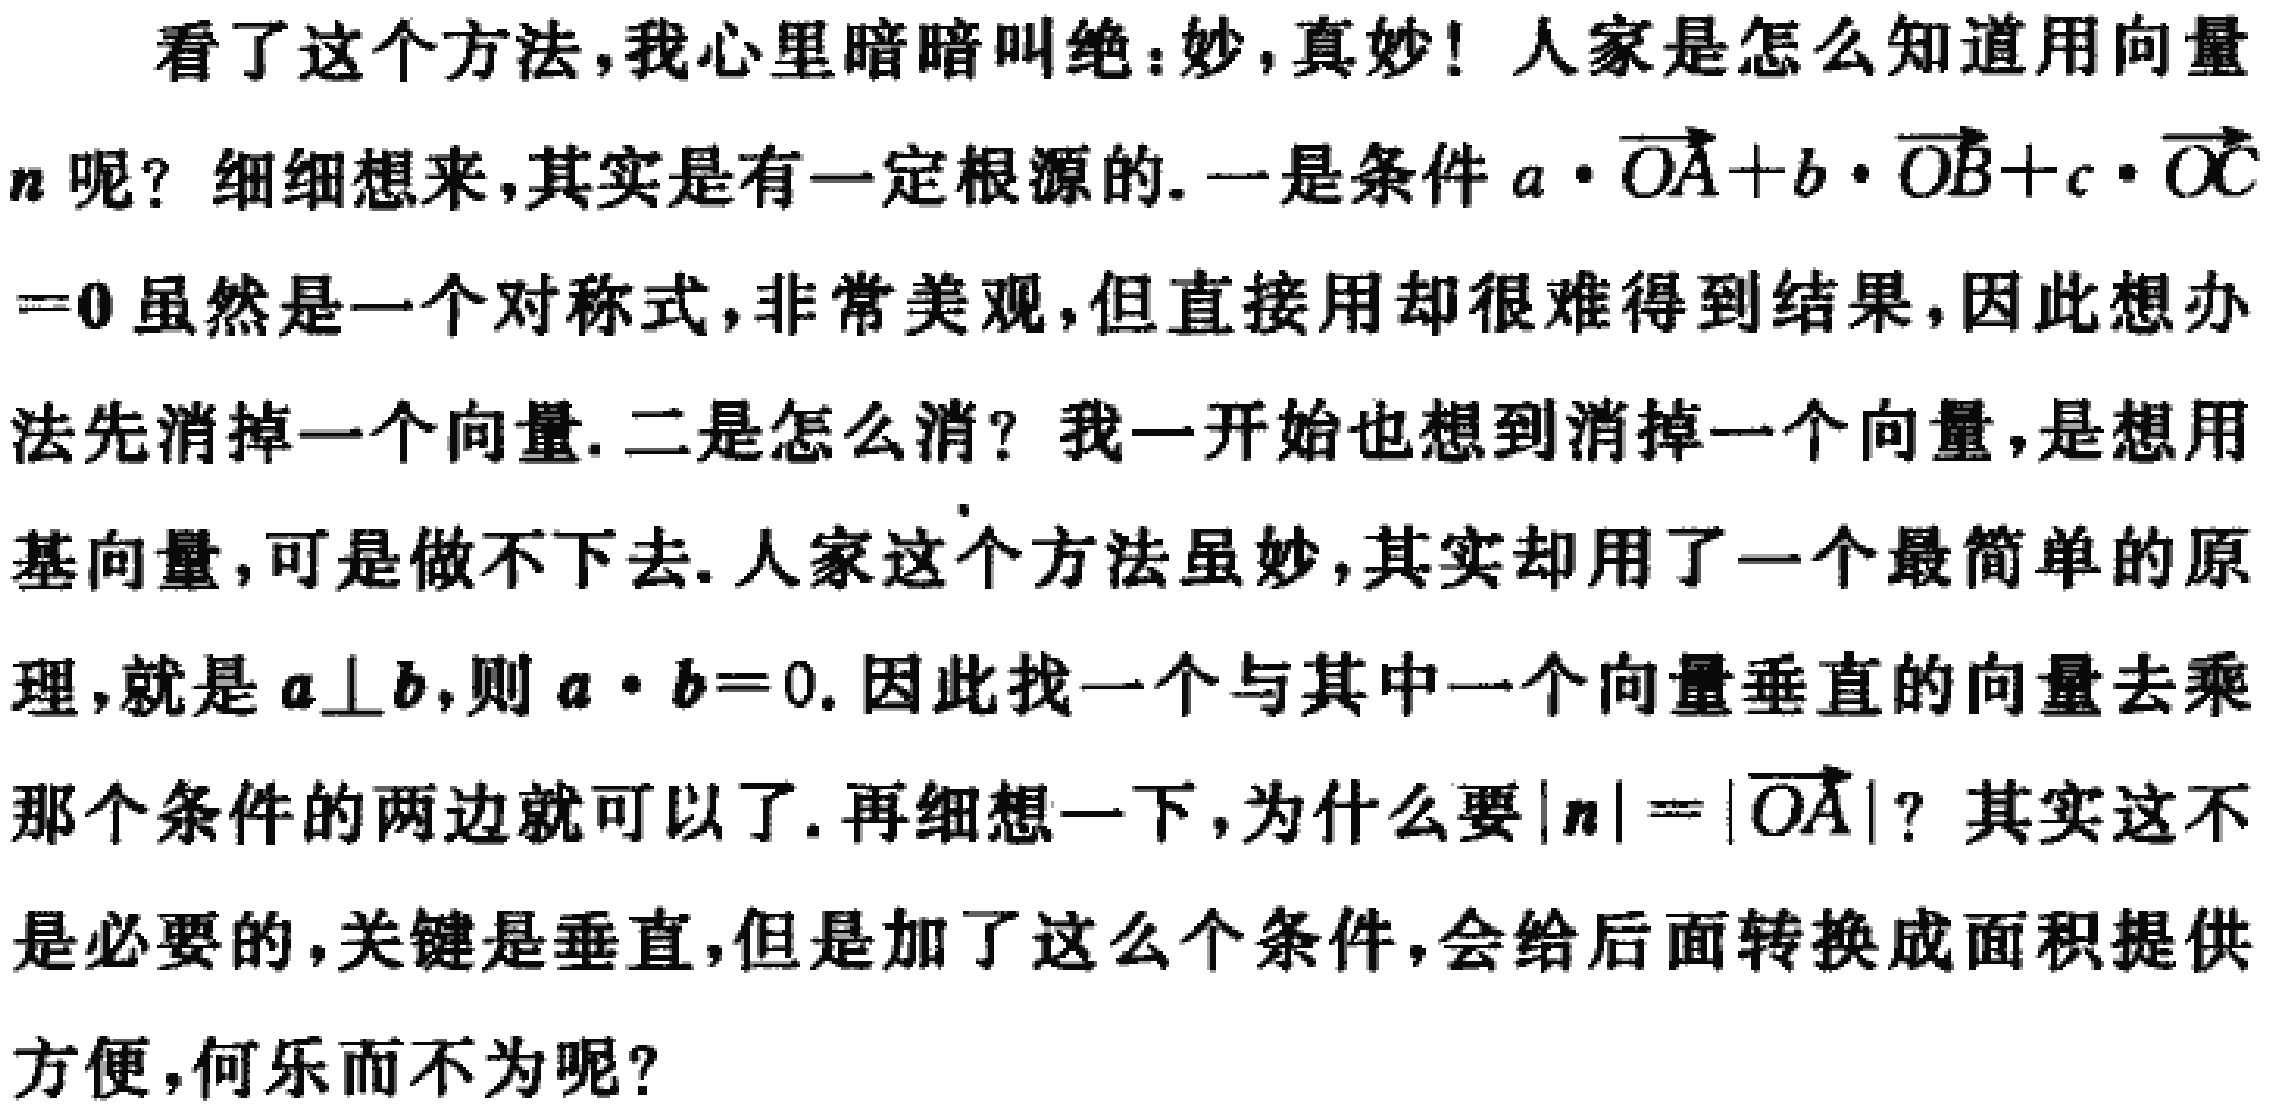
看了这个方法,我心里暗暗叫绝:妙,真妙! 人家是怎么知道用向量

$n$ 呢? 细细想来,其实是有一定根源的.一是条件$a\cdot\overrightarrow{OA}+b\cdot\overrightarrow{OB}+c\cdot\overrightarrow{OC}$

$ = 0$虽然是一个对称式,非常美观,但直接用却很难得到结果,因此想办

法先消掉一个向量.二是怎么消? 我一开始也想到消掉一个向量,是想用

基向量,可是做不下去.人家这个方法虽妙,其实却用了一个最简单的原

理,就是$a\perp b$,则$a\cdot b = 0$. 因此找一个与其中一个向量垂直的向量去乘

那个条件的两边就可以了.再细想一下,为什么要$|n| = |\overrightarrow{OA}|$? 其实这不

是必要的,关键是垂直,但是加了这么个条件,会给后面转换成面积提供

方便,何乐而不为呢?